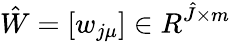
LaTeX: \hat{W}=[w_{j\mu}]\in R^{\hat{J}\times m}